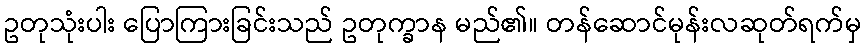
ဥတုသုံးပါး ပြောကြားခြင်းသည် ဥတုက္ခာန မည်၏။ တန်ဆောင်မုန်းလဆုတ်ရက်မှ